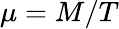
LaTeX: \mu=M/T